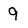
Character: 9